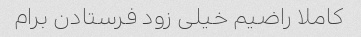
کاملا راضیم خیلی زود فرستادن برام